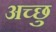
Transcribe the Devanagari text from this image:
अच्छु